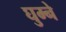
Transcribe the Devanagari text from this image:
घुम्ने